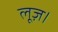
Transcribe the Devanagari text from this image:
लूज़।